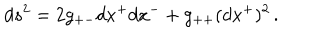
LaTeX: d s ^ { 2 } = 2 g _ { + - } d x ^ { + } d x ^ { - } + g _ { + + } ( d x ^ { + } ) ^ { 2 } \, .